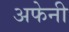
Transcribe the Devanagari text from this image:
अफेनी